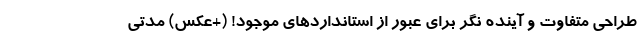
طراحی متفاوت و آینده نگر برای عبور از استانداردهای موجود! (+عکس) مدتی